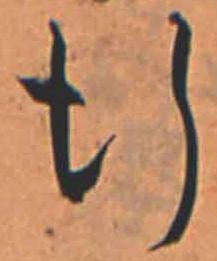
行